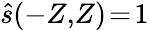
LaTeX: \hat{s}(-Z,\! Z)\! =\! 1